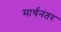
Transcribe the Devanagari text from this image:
मार्चनंतर